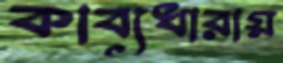
কাব্যধারায়